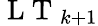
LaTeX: \mathrm{~L~T~}_{k+1}